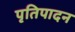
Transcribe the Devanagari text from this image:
पृतिपादन